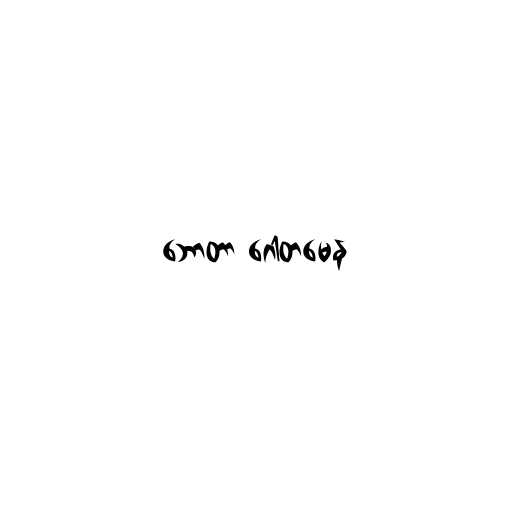
ဘောတာ ဂေါတမေန